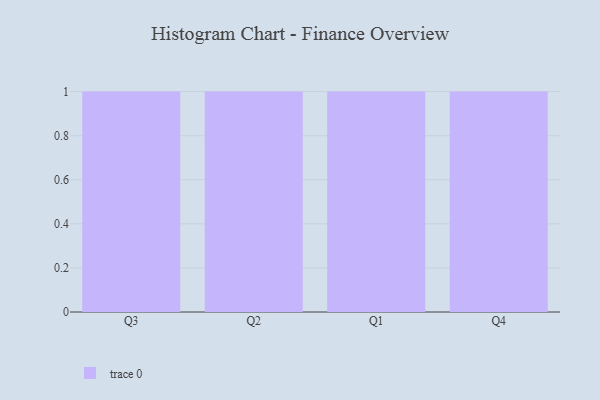
{"axis": {"x": "Quarter", "y": "Headcount"}, "legend": [""], "data": [{"x": "Q3", "y": 22, "type": ""}, {"x": "Q2", "y": 53, "type": ""}, {"x": "Q1", "y": 42, "type": ""}, {"x": "Q4", "y": 2, "type": ""}]}